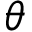
\theta